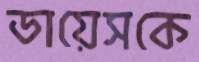
ডায়েসকে